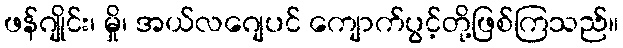
ဖန်ဂျိုင်း၊ မှို၊ အယ်လဂျေပင် ကျောက်ပွင့်တို့ဖြစ်ကြသည်။